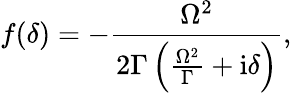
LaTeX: f(\delta)=-\frac{\Omega^{2}}{2\Gamma\left(\frac{\Omega^{2}}{\Gamma}+\mathrm{i}\delta\right)},